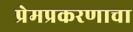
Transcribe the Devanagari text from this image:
प्रेमप्रकरणाचा